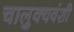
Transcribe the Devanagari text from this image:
चालुक्यवंशी